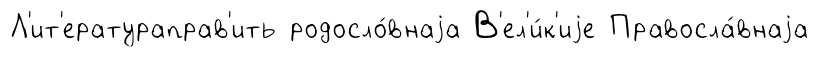
Л'ит'ератураправ'ить родосло́внаjа В'ел'и́к'иjе Правосла́внаjа